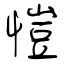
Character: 愷